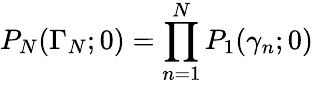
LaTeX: P_{N}(\Gamma_{N};0)=\prod_{n=1}^{N}P_{1}(\gamma_{n};0)